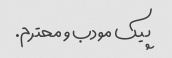
پیک مودب و محترم.